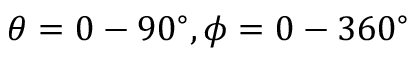
\theta = 0 - 9 0 ^ { \circ } , \phi = 0 - 3 6 0 ^ { \circ }